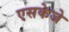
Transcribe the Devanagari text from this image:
एसकेजे